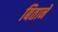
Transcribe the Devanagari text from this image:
बिताने